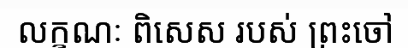
លក្ខណៈ ពិសេស របស់ ព្រះចៅ